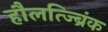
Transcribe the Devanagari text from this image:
हौलत्ज्ब्रिंक